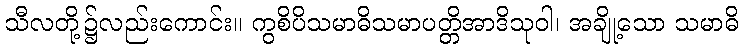
သီလတို့၌လည်းကောင်း။ ကွစိပိသမာဓိသမာပတ္တိအာဒိသုဝါ၊ အချို့သော သမာဓိ